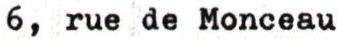
6, rue de Monceau